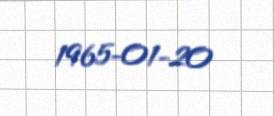
1965-01-20